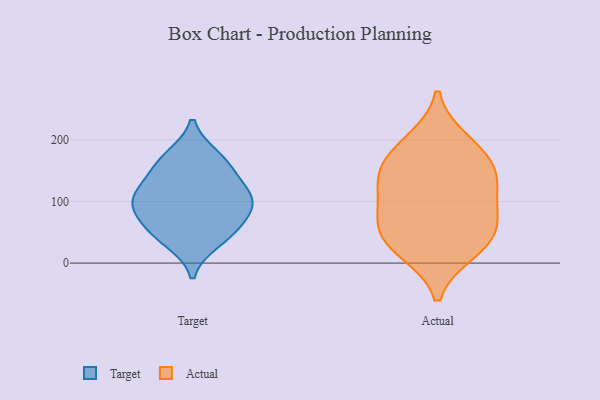
{"axis": {"x": "Tickets Resolved", "y": "Value"}, "legend": ["Actual", "Target"], "data": [{"x": "", "y": 36, "type": "Target"}, {"x": "", "y": 172, "type": "Target"}, {"x": "", "y": 140, "type": "Target"}, {"x": "", "y": 98, "type": "Target"}, {"x": "", "y": 57, "type": "Target"}, {"x": "", "y": 98, "type": "Target"}, {"x": "", "y": 56, "type": "Target"}, {"x": "", "y": 162, "type": "Target"}, {"x": "", "y": 101, "type": "Target"}, {"x": "", "y": 108, "type": "Target"}, {"x": "", "y": 134, "type": "Actual"}, {"x": "", "y": 81, "type": "Actual"}, {"x": "", "y": 60, "type": "Actual"}, {"x": "", "y": 144, "type": "Actual"}, {"x": "", "y": 48, "type": "Actual"}, {"x": "", "y": 198, "type": "Actual"}, {"x": "", "y": 102, "type": "Actual"}, {"x": "", "y": 20, "type": "Actual"}, {"x": "", "y": 28, "type": "Actual"}, {"x": "", "y": 181, "type": "Actual"}, {"x": "", "y": 150, "type": "Actual"}]}